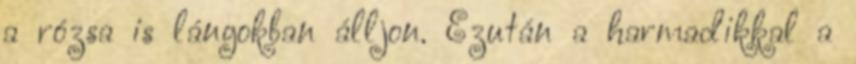
a rózsa is lángokban álljon. Ezután a harmadikkal a